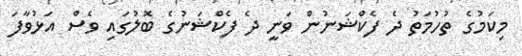
މިކަމުގެ ތުހުމަތު ދެ ފެކްޝަނުން ވަނީ ދެ ފެކްޝަނުގެ ބޮލުގައި ވެސް އަޅުވާފަ